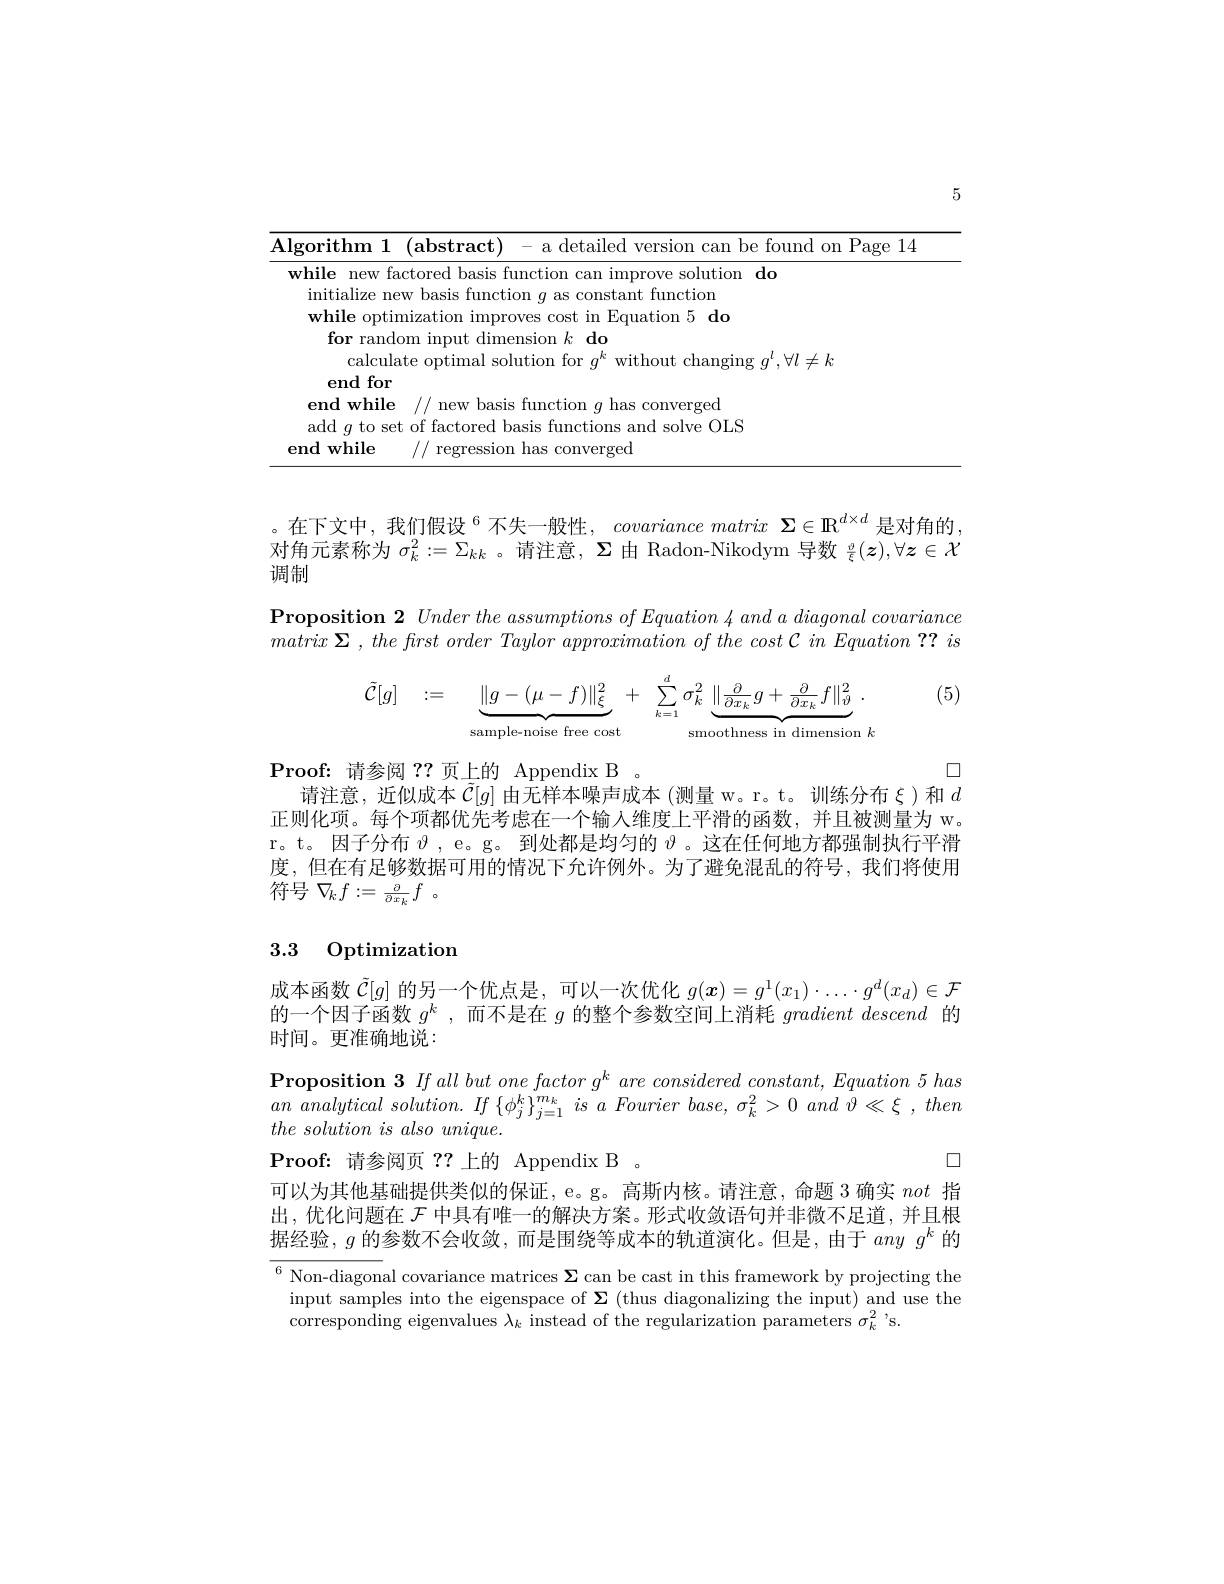
5

<table>
	<tbody>
		<tr>
			<td>$\mathbf{Al}$</td>
			<td>abstract detai found Page $0m$</td>
		</tr>
	</tbody>
</table>

$\text{。在 下 文 中 , 我 们 假 设 }^{6}$ 不 失 一 般 性 , covariance matrix $\Sigma \in \mathbb{R} ^{d\times d}$是 对 角 的 , 对 角 元 素 称 为 $\sigma _{k}^{2}: = \Sigma _{kk}$ 。请 注 意 , $\Sigma$由 Radon- Nikodym 导 数 $\frac \partial \xi ( z) , \forall z\in \mathcal{X}$
调制

$\textbf{Proposition 2 Under the assumptions of Equation 4 and a diagonal covariance}$ $matrix\boldsymbol{\Sigma }$ , the frst order Taylor approximation $of$ the cost $\mathcal{C}$ $in$ Equation ?? $is$

(5)
$$\tilde{\mathcal{C}}[g]\quad:=\underbrace{\|g-(\mu-f)\|_\xi^2}_{\text{sample-noise free cost}}+\sum_{k=1}^d\sigma_k^2\underbrace{\|\frac{\partial}{\partial x_k}g+\frac{\partial}{\partial x_k}f\|_\vartheta^2}_{\text{smoothness in dimension}k}.$$
口
请注意，近似成本$\tilde{\mathcal{C}}[g]$由无样本噪声成本(测量 w。r。t。训练分布$\xi$)和$d$

Proof: 请参阅？?页上的 Appendix B 。
正则化项。每个项都优先考虑在一个输人维度上平滑的函数，并且被测量为 w。r。t。因子分布$\vartheta$ ,e。g。到处都是均匀的$\vartheta$ 。这在任何地方都强制执行平滑度，但在有足够数据可用的情况下允许例外。为了避免混乱的符号，我们将使用符号$\nabla_kf:=\frac{\partial}{\partial x_k}f~$。

# 3.3 Optimization

成本函数$\tilde{\mathcal{C}}[g]$的另一个优点是，可以一次优化$g(\boldsymbol{x})=g^1(x_1)\cdot\ldots\cdot g^d(x_d)\in\mathcal{F}$ 的一个因子函数$g^k$ ,而不是在$g$的整个参数空间上消耗gradient descend的时间。更准确地说：
$\textbf{Proposition 3 If all but one factor g}^{k}\textit{are considered constant, Equation 5 has}$ $an$ analytical $solution.$ $If$ $\{ \phi _{j}^{k}\} _{j= 1}^{m_{k}}$ $is$ $a$ Fourier $base$, $\sigma _{k}^{2}> 0$ and $\dot{\vartheta } \ll \xi$ , then $the\textit{solution is also unique. }$
$\square$
Proof: 请参阅页 ? ? 上的 AppendixB .
可以为其他基础提供类似的保证，e。g。高斯内核。请注意，命题 3 确实not指出，优化问题在$\mathcal{F}$中具有唯一的解决方案。形式收敛语句并非微不足道，并且根据经验，$g$的参数不会收敛，而是围绕等成本的轨道演化。但是，由于$anyg^k$的$\overline{^6\text{Non-diagon}}$al covariance matrices $\Sigma$ can be cast in this framework by projecting the input samples into the eigenspace of $\Sigma$ (thus diagonalizing the input) and use the corresponding eigenvalues $\lambda_k$ instead of the regularization parameters $\sigma_k^2$ 's.